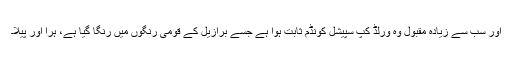
اور سب سے زیادہ مقبول وہ ورلڈ کپ سپیشل کونڈم ثابت ہوا ہے جسے برازیل کے قومی رنگوں میں رنگا گیا ہے، ہرا اور پیلا۔